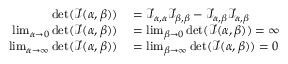
\begin{array} { r l } { \operatorname* { d e t } ( { \mathcal { I } } ( \alpha , \beta ) ) } & { { } = { \mathcal { I } } _ { \alpha , \alpha } { \mathcal { I } } _ { \beta , \beta } - { \mathcal { I } } _ { \alpha , \beta } { \mathcal { I } } _ { \alpha , \beta } } \\ { \operatorname* { l i m } _ { \alpha \to 0 } \operatorname* { d e t } ( { \mathcal { I } } ( \alpha , \beta ) ) } & { { } = \operatorname* { l i m } _ { \beta \to 0 } \operatorname* { d e t } ( { \mathcal { I } } ( \alpha , \beta ) ) = \infty } \\ { \operatorname* { l i m } _ { \alpha \to \infty } \operatorname* { d e t } ( { \mathcal { I } } ( \alpha , \beta ) ) } & { { } = \operatorname* { l i m } _ { \beta \to \infty } \operatorname* { d e t } ( { \mathcal { I } } ( \alpha , \beta ) ) = 0 } \end{array}